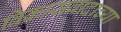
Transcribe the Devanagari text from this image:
विकासवादाच्या